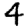
Digit: 4